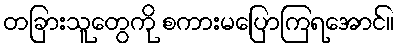
တခြားသူတွေကို စကားမပြောကြရအောင်။